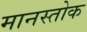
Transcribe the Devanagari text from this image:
मानस्तोक